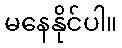
မနေနိုင်ပါ။